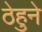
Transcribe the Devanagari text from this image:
ठेहुने